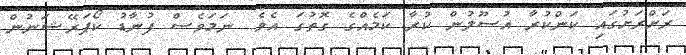
ރަށްރަށުގައި ކަންކުރާ އުސޫލުން ކުރާ ކަމެއްގެ ގޮތުގަ އެވެ. ނަމަވެސް ފުނާޑު ކޯޕަރޭޝަނުން